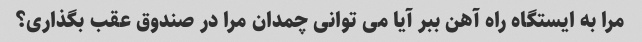
مرا به ایستگاه راه آهن ببر آیا می توانی چمدان مرا در صندوق عقب بگذاری؟